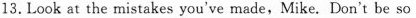
13.Look at the mistakes you've made,Mike. Don't be so